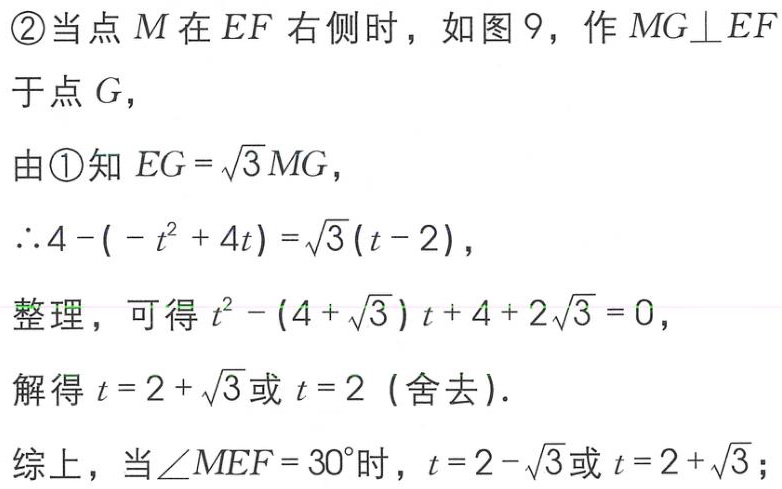
\textcircled{2}当点\(M\)在\(EF\)右侧时，如图 9，作\(MG\perp EF\)于点\(G\)，
由\textcircled{1}知\(EG = \sqrt{3}MG\)，
\(\therefore 4 - ( - t^{2} + 4t ) = \sqrt{3}(t - 2)\)，
整理，可得\(t^{2} - (4 + \sqrt{3})t + 4 + 2\sqrt{3} = 0\)，
解得\(t = 2 + \sqrt{3}\)或\(t = 2\)（舍去）.
综上，当\(\angle MEF = 30^{\circ}\)时，\(t = 2 - \sqrt{3}\)或\(t = 2 + \sqrt{3}\)；